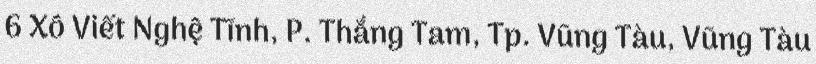
6 Xô Viết Nghệ Tĩnh, P. Thắng Tam, Tp. Vũng Tàu, Vũng Tàu